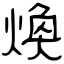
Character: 煥